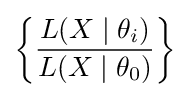
\left\{{\frac {L(X\mid \theta _{i})}{L(X\mid \theta _{0})}}\right\}